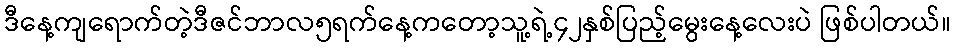
ဒီနေ့ကျရောက်တဲ့ဒီဇင်ဘာလ၅ရက်နေ့ကတော့သူ့ရဲ့၄၂နှစ်ပြည့်မွေးနေ့လေးပဲ ဖြစ်ပါတယ်။